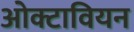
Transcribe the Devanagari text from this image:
ओक्टावियन